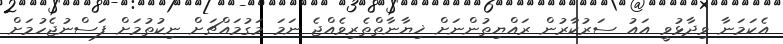
އެކަމަނާ ވިދާޅުވީ އައު ސަރުކާރުން ރައްޔިތުންނަށް ޚިޔާނާތްތެރިވެއްޖެ ނަމަ މަގުމައްޗަށް ނިކުތުމަށް ފަސްނުޖެހުމަށް